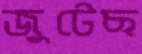
জুটেছ